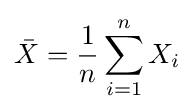
{\bar {X}}={\frac {1}{n}}\sum _{i=1}^{n}X_{i}